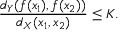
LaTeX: { \frac { d _ { Y } ( f ( x _ { 1 } ) , f ( x _ { 2 } ) ) } { d _ { X } ( x _ { 1 } , x _ { 2 } ) } } \leq K .